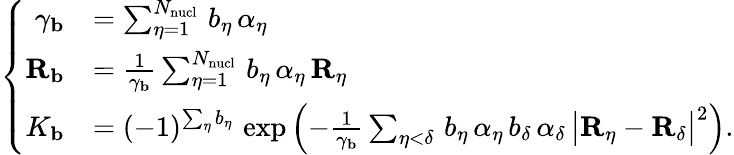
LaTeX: \left\lbrace\begin{array}{rl}{\gamma_{\mathbf{b}}}&{=\sum_{\eta=1}^{N_{\mathrm{nucl}}}\, b_{\eta}\, \alpha_{\eta}}\\ {{\mathbf{R}_{\mathbf{b}}}}&{=\frac{1}{\gamma_{\mathbf{b}}}\sum_{\eta=1}^{N_{\mathrm{nucl}}}\, b_{\eta}\, \alpha_{\eta}\, {\mathbf{R}_{\eta}}}\\ {K_{\mathbf{b}}}&{=(-1)^{\sum_{\eta}b_{\eta}}\, \exp\left(-\frac{1}{\gamma_{\mathbf{b}}}\sum_{\eta<\delta}\, b_{\eta}\, \alpha_{\eta}\, b_{\delta}\, \alpha_{\delta}\, \big|{\mathbf{R}_{\eta}}-{\mathbf{R}_{\delta}}\big|^{2}\right)\mathrm{.}}\end{array}\right.